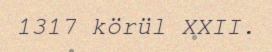
1317 körül XXII.